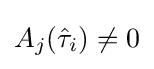
{\textstyle A_{j}({\hat {\tau }}_{i})\neq 0}